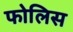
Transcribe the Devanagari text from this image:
फोलिस